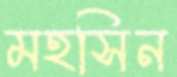
মহসিন